Mental hospitals Bombay report 1929-33 - 1929-1933
Year: 1929
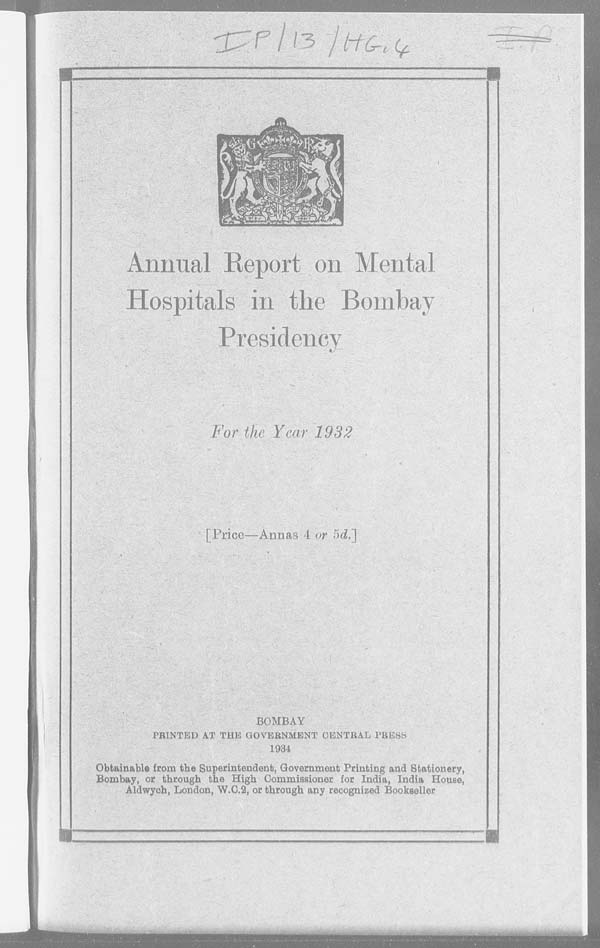
Annual Report on Mental
Hospitals in the Bombay
Presidency
For the Year 1932
[ Price —Annas 4 or 5d.]
BOMBAY
PRINTED AT THE GOVERNMENT CENTRAL PRESS
1934
Obtainable from the Superintendent, Government Printing and Stationery,
Bombay, or through the High Commissioner for India, India House,
Aldwych, London, W.C.2, or through any recognized Bookseller